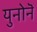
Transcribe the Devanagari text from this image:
युनोनॆ